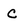
Character: C